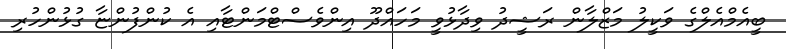
ބީއެމްއެލްގެ ވަކީލު މަޒްލާން ރަޝީދު ވިދާޅުވީ މަހައްދޫ އިންވެސްޓްމަންޓާއި އެ ކުންފުންޏާ ގުޅުންހުރި